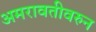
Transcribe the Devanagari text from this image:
अमरावतीवरुन